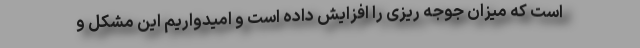
است که میزان جوجه ریزی را افزایش داده است و امیدواریم این مشکل و